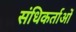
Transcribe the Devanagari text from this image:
संधिकर्ताओं